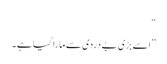
“
”اسے بڑی بے دردی سے مارا گیا ہے۔